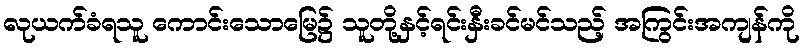
လုယက်ခံရသူ ကောင်းသောမြေ၌ သူတို့နှင့်ရင်းနှီးခင်မင်သည့် အကြွင်းအကျန်ကို